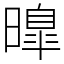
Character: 曍